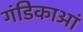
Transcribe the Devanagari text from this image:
गंडिकाआं